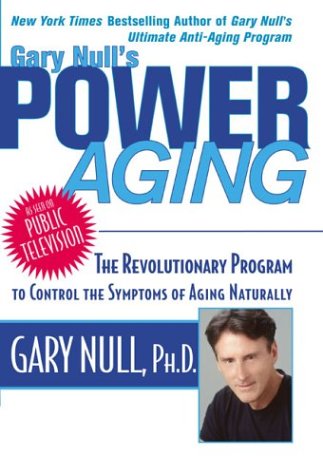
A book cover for Gary Null's Power Aging; Gary Null Ph.D.; Health, Fitness & Dieting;